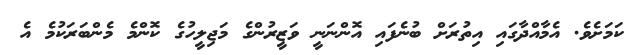
ކަމަށެވެ. އެމާއްދާގައި އިތުރަށް ބުނެފައި އޮންނަނީ ވަޒީރުންގެ މަޖިލީހުގެ ކޮންމެ މެންބަރަކުމެ އެ